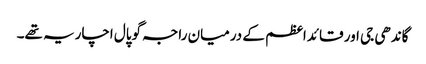
گاندھی جی اور قائداعظم کے درمیان راجہ گوپال اچاریہ تھے۔